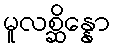
မူလစ္ဆိန္နော